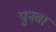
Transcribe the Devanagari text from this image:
पुनवा